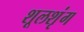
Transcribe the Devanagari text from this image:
शूलशृंग